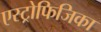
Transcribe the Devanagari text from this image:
एस्ट्रोफिजिका